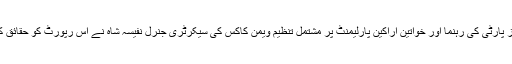
لیکن حکمران جماعت پیپلز پارٹی کی رہنما اور خواتین اراکین پارلیمنٹ پر مشتمل تنظیم ویمن کاکس کی سیکرٹری جنرل نفیسہ شاہ نے اس رپورٹ کو حقائق کے برعکس قرار دیا ہے ۔